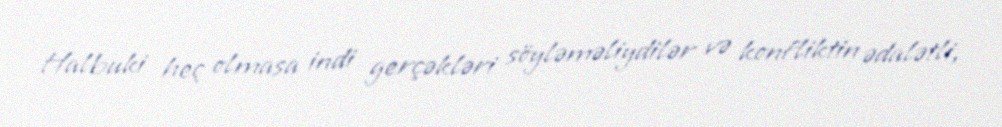
Halbuki heç olmasa indi gerçəkləri söyləməliydilər və konfliktin ədalətli,